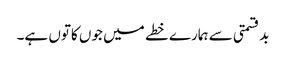
بدقسمتی سے ہمارے خطے میں جوں کاتوں ہے۔